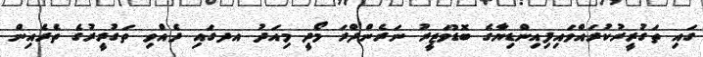
ގައި ތަގުރީރުކުރައްވައިފިއިންޑިޔާގެ ބޮޑުވަޒީރު ނަރެންދްރަ މޯދީ މިއަދު އދގައި ދެއްވި ތަގުރީރުގެ ތެރެއިން